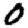
Digit: 0